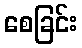
စေခြင်း